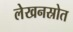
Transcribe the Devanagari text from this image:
लेखनस्रोत